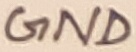
Text: GND